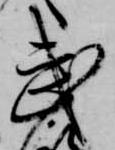
武